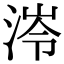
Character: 𭰰